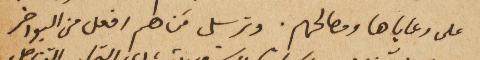
على رعاياها ومصالحهم. وترسل مَن هم افعل من البواخر